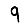
Digit: 9